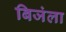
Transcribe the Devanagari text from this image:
बिजंला